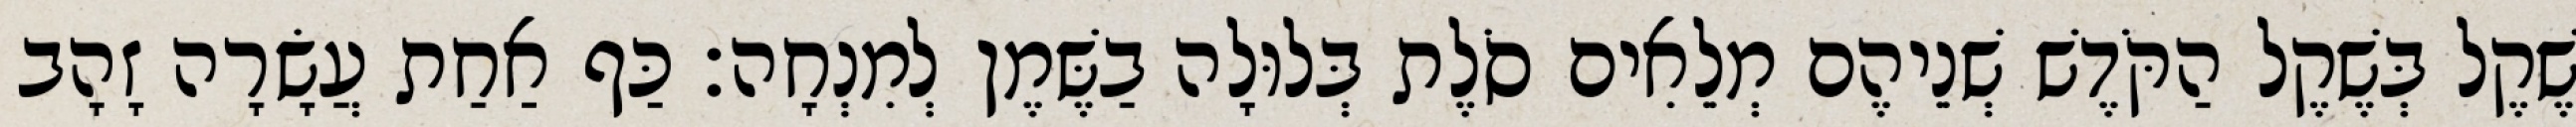
שֶׁקֶל בְּשֶׁקֶל הַקֹּדֶשׁ שְׁנֵיהֶם מְלֵאִים סֹלֶת בְּלוּלָה בַשֶּׁמֶן לְמִנְחָה׃ כַּף אַחַת עֲשָׂרָה זָהָב